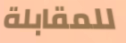
للمقابلة